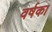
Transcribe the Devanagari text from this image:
वर्षका